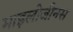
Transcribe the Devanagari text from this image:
माइलोजीनस